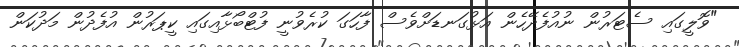
"ވޮލީގައި ސެޓަރުން ނުއުފެދޭހެން އަޅުގަނޑަށްވެސް ފާހަގަ ކުރެވުނީ ފުޓްބޯޅާއިގައި ކީޕަރުން އުފެދުން މަދުކަން